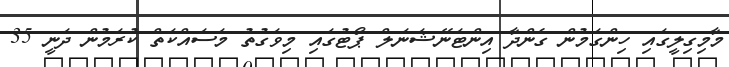
މާމިގިލީގައި ހިންގަމުން ގެންދާ އިންޓަނޭޝަނަލް ޕޯޓުގައި މިވަގުތު މަސައްކަތް ކުރަމުން ދަނީ 35